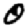
Digit: 0